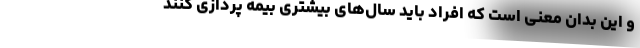
و این بدان معنی است که افراد باید سال‌های بیشتری بیمه پردازی کنند